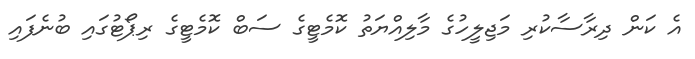
އެ ކަން ދިރާސާކުރި މަޖިލީހުގެ މާލިއްޔަތު ކޮމެޓީގެ ސަބް ކޮމެޓީގެ ރިޕޯޓުގައި ބުނެފައި